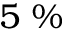
5 ~ \%